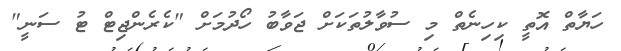
ހަޔާތް އޮތީ ކިހިނެތް މި ސުވާލުތަކަށް ޖަވާބު ހޯދުމަށް "ކެރެންޖިޓް ޓު ސަނީ"